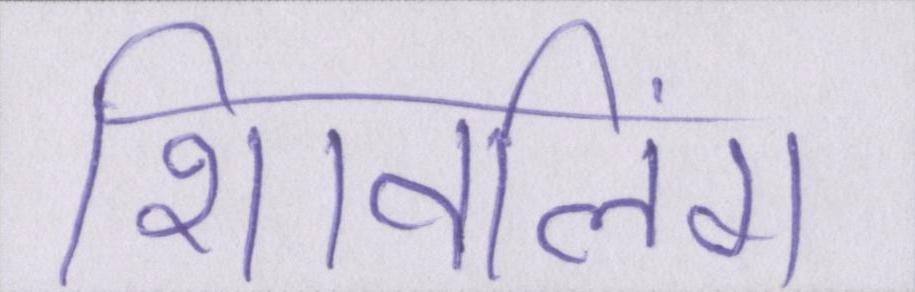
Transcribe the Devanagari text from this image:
शिवलिंग